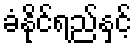
ခံနိုင်ရည်နှင့်